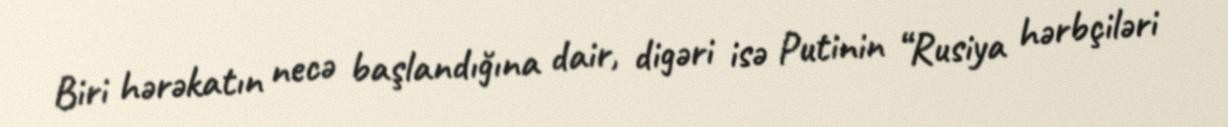
Biri hərəkatın necə başlandığına dair, digəri isə Putinin “Rusiya hərbçiləri